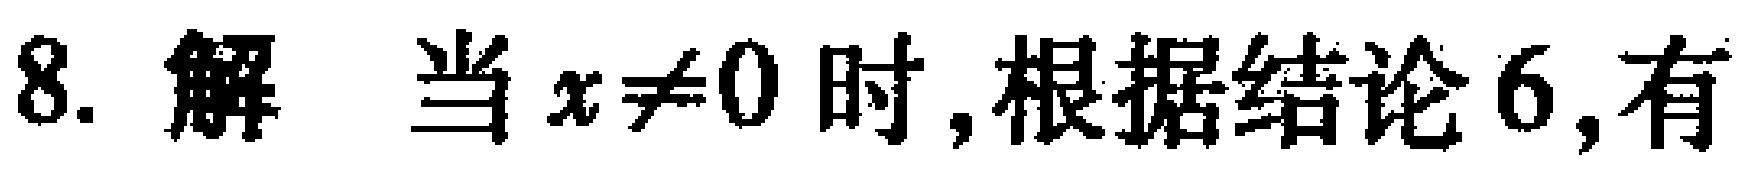
8. 解 当 \(x\neq0\) 时,根据结论 6,有